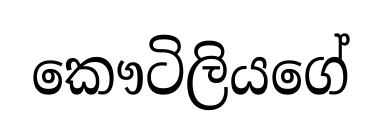
කෞටිලියගේ